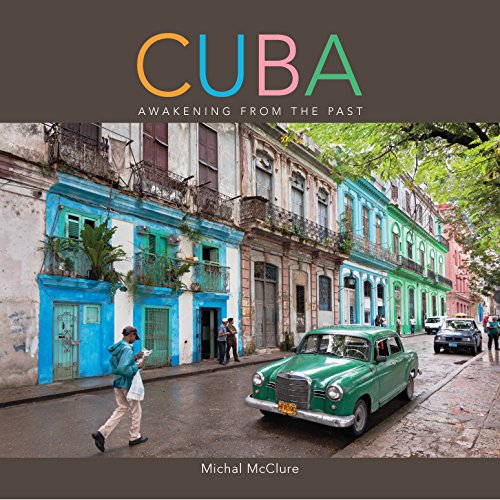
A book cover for Cuba: Awakening from the Past; Michal McClure; Travel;